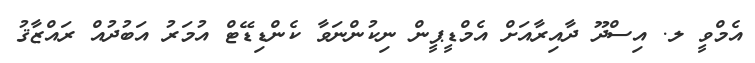
އެމްވީ ލ. އިސްދޫ ދާއިރާއަށް އެމްޑީޕީން ނިކުންނަވާ ކެންޑިޑޭޓް އުމަރު އަބުދުއް ރައްޒާޤު